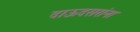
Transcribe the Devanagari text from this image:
दाऊदसरांना